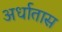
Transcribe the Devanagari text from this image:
अर्धातास